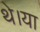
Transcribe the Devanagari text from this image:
थे।या